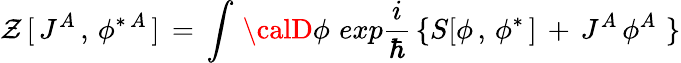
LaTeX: \mathcal{Z}\, [\, J^{A}\, ,\, \phi^{\ast\, A}\, ]\, =\, \int\, {\calD}\phi\, \, exp{\frac{{i}}{{\hbar}}}\, \{ S[\phi\, ,\, \phi^{\ast}\, ]\, +\, J^{A}\, \phi^{A}\, \, \}